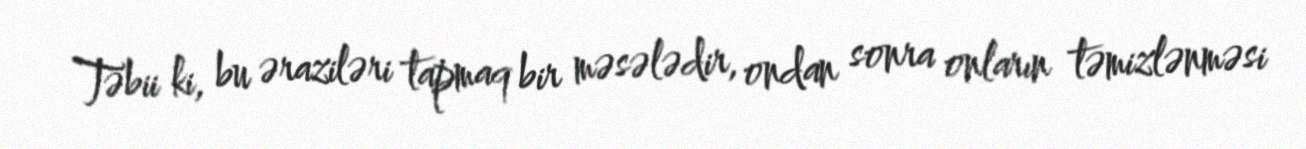
Təbii ki, bu əraziləri tapmaq bir məsələdir, ondan sonra onların təmizlənməsi